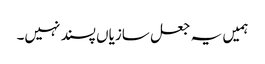
ہمیں یہ جعل سازیاں پسند نہیں۔